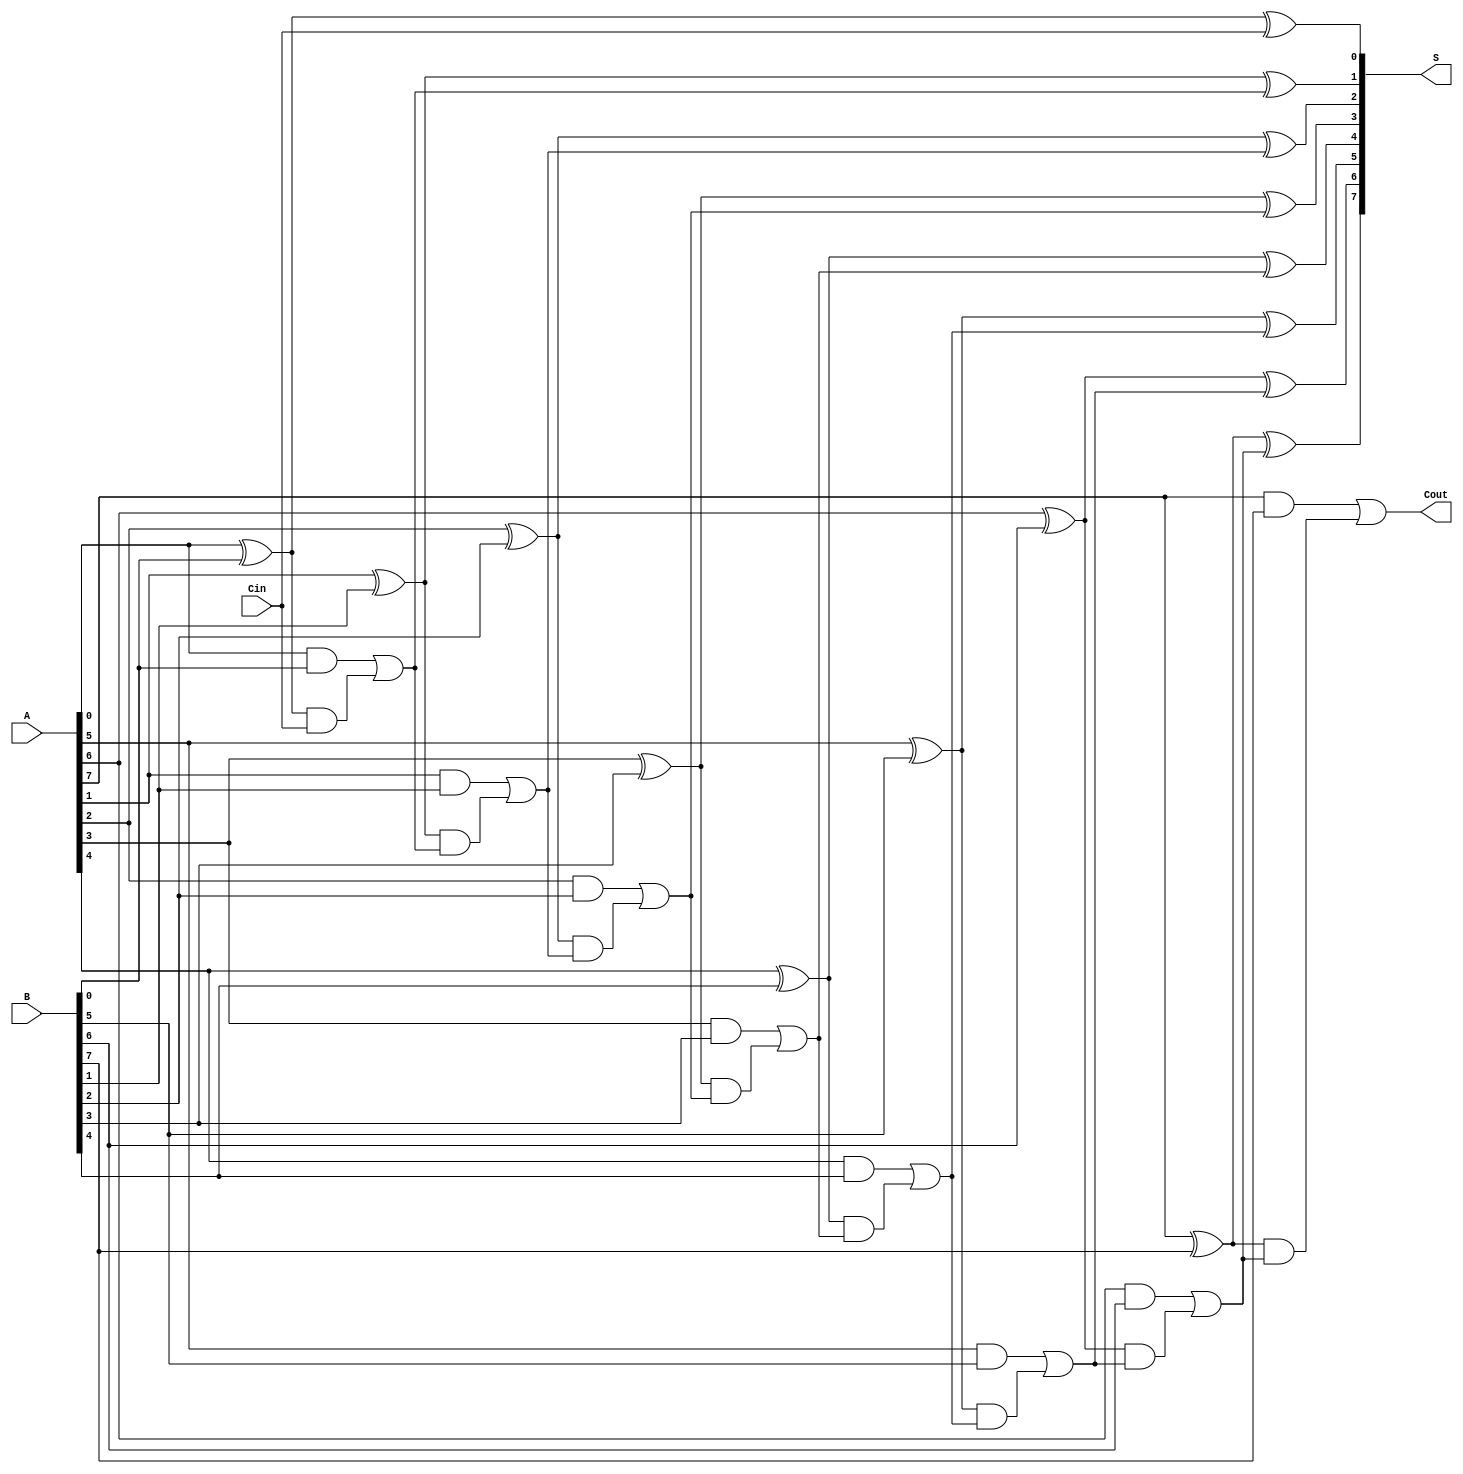
module HanCarlsonAdder #(parameter n = 8) (
    input [n-1:0] A,   // n-bit input A
    input [n-1:0] B,   // n-bit input B
    input Cin,         // Carry-in
    output [n-1:0] S,  // n-bit sum output
    output Cout        // Carry-out
);
    wire [n-1:0] G;    // Generate signals
    wire [n-1:0] P;    // Propagate signals
    wire [n:0] C;      // Carry signals (C[0] is Cin)

    // Generate and propagate signals
    genvar i;
    generate
        for (i = 0; i < n; i = i + 1) begin : gen_prop
            assign G[i] = A[i] & B[i];      // Generate
            assign P[i] = A[i] ^ B[i];      // Propagate
        end
    endgenerate

    // Carry generation
    assign C[0] = Cin; // Carry-in
    generate
        for (i = 1; i <= n; i = i + 1) begin : carry_gen
            assign C[i] = G[i-1] | (P[i-1] & C[i-1]); // Carry-out
        end
    endgenerate

    // Sum computation
    generate
        for (i = 0; i < n; i = i + 1) begin : sum_comp
            assign S[i] = P[i] ^ C[i]; // Sum
        end
    endgenerate

    assign Cout = C[n]; // Final carry-out

endmodule